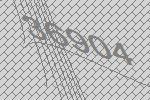
36904